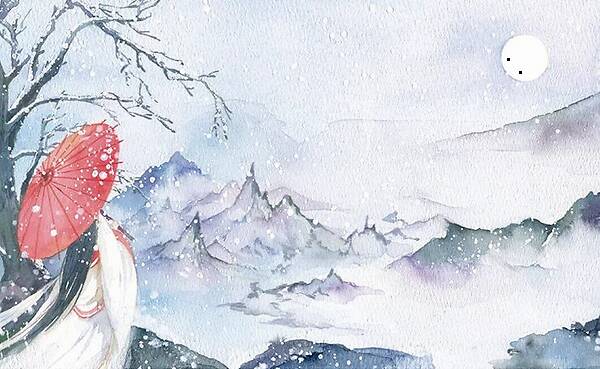
孤云将野鹤，岂向人间住。